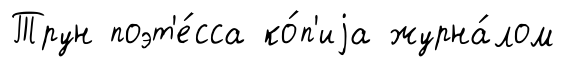
Трун поэт'е́сса ко́п'иjа журна́лом